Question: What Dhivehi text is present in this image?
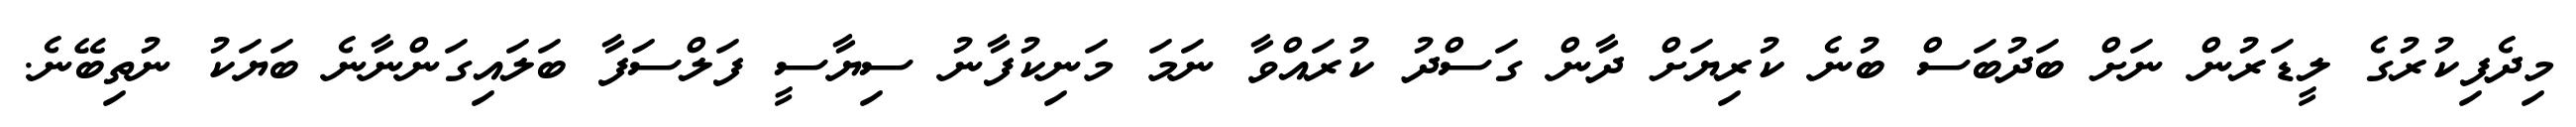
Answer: މިދެފިކުރުގެ ލީޑަރުން ނަށް ބަދުބަސް ބުނެ ކުރިޔަށް ދާން ގަސްދު ކުރައްވާ ނަމަ މަނިކުފާނު ސިޔާސީ ފަލްސަފާ ބަލައިގަންނާނެ ބަޔަކު ނުތިބޭނެ.